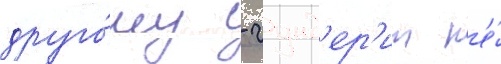
друго́му - гунд'ер'ит н'е́